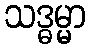
သဒ္ဓမ္မာ